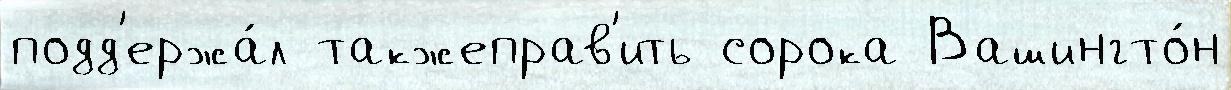
подд'ержа́л такжеправ'ить сорока Вашингто́н